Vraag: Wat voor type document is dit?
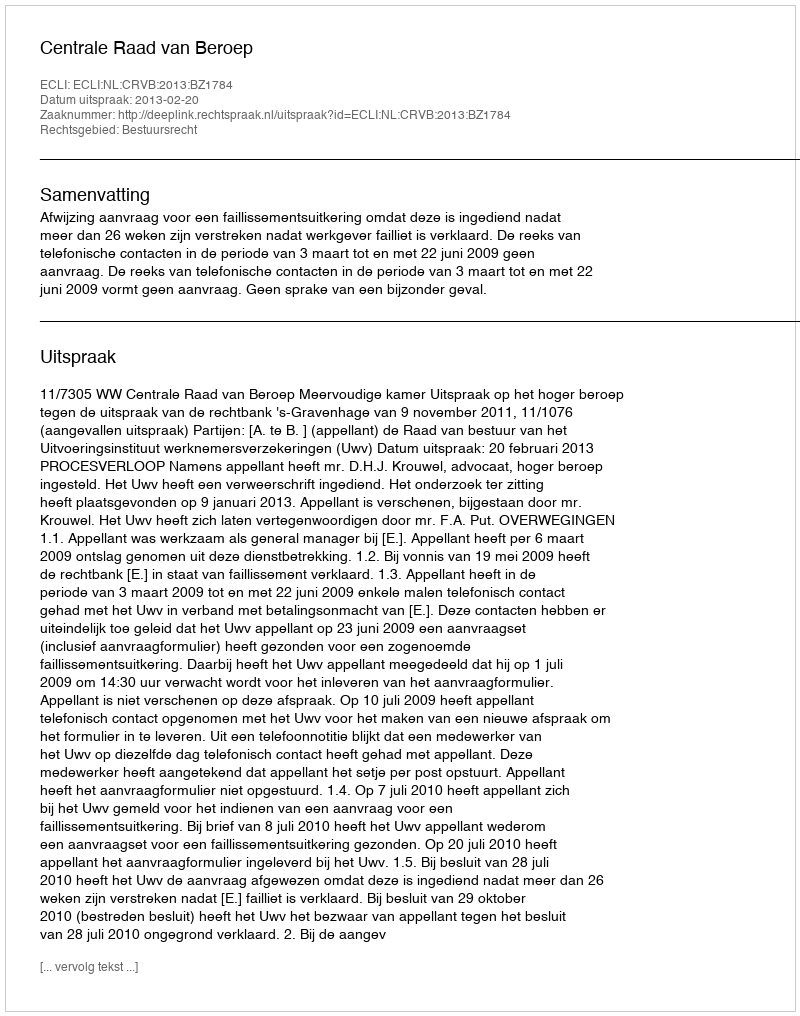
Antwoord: Uitspraak